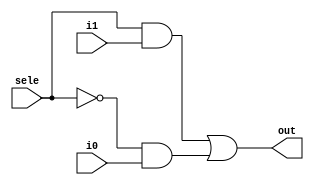
//module mux_21(out,i1,i0,sele);
module mux_21(i0,i1,out,sele);

    output out;
    input i1,i0,sele;
    not (u,sele);
    and (m,sele,i1);
    and (n,u,i0);
    or (out,m,n);
endmodule